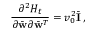
\frac { \partial ^ { 2 } { \cal H } _ { t } } { \partial \bar { \bf w } \partial \bar { \bf w } ^ { T } } = v _ { 0 } ^ { 2 } \bar { \bf I } \, ,